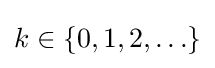
k\in \{0,1,2,\ldots \}